Indian journal of veterinary science and animal husbandry - Volume 13,
Year: 1943
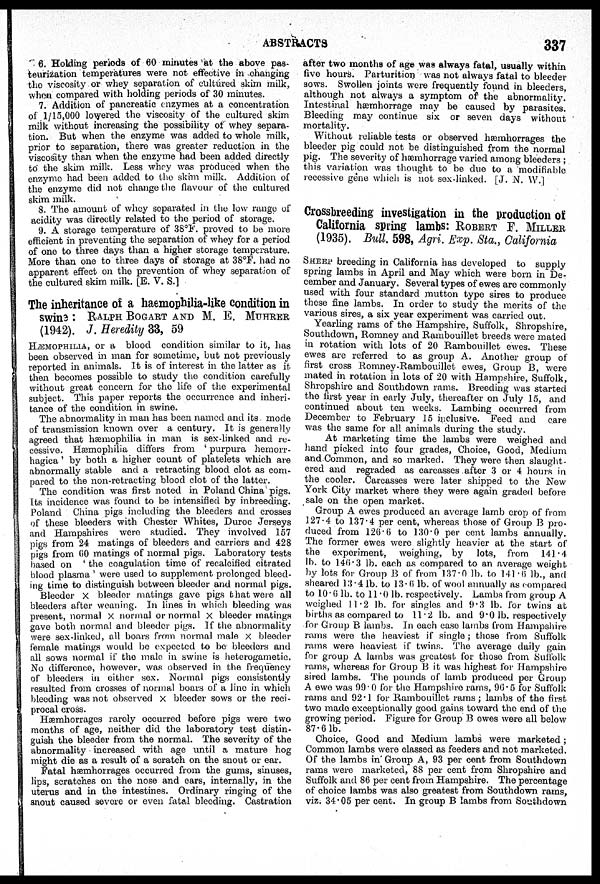
ABSTRACTS
337
6. Holding periods of 60 minutes at the above pas-
teurization temperatures were not effective in changing
the viscosity or whey separation of cultured skim milk,
when compared with holding periods of 30 minutes.
7. Addition of pancreatic enzymes at a concentration
of .1/15,000 lowered the viscosity of the cultured skim
milk without increasing the possibility of whey separa-
tion. But when the enzyme was added to whole milk,
prior to separation, there was greater reduction in the
viscosity than when the enzyme had been added directly
to the skim milk. Less whey was produced when the
enzyme had been added to the skim milk. Addition of
the enzyme did not change the flavour of the cultured
skim milk.
8. The amount of whey separated in the low range of
acidity was directly related to the period of storage.
9. A storage temperature of 38ºF. proved to be more
efficient in preventing the separation of whey for a period
of one to three days than a higher storage temperature.
More than one to three days of storage at 38ºF. had no
apparent effect on the prevention of whey separation of
the cultured skim milk. [E. V. S.]
The inheritance of a haemophilia-like condition in
swine : RALPH BOGART AND M. E. MUHRER
(1942). J. Heredity 33, 59
HÆMOPHILIA, or a blood condition similar to it, has
been observed in man for sometime, but not previously
reported in animals. It is of interest in the latter as it
then becomes possible to study the condition carefully
without great concern for the life of the experimental
subject. This paper reports the occurrence and inheri-
tance of the condition in swine.
The abnormality in man has been named and its mode
of transmission known over a century. It is generally
agreed that hæmophilia in man is sex-linked and re-
cessive. Hæmophilia differs from 'purpura hemorr-
hagica' by both a higher count of platelets which are
abnormally stable and a retracting blood clot as com-
pared to the non-retracting blood clot of the latter.
The condition was first noted in Poland China pigs.
Its incidence was found to be intensified by inbreeding.
Poland China pigs including the bleeders and crosses
of these bleeders with Chester Whites, Duroc Jerseys
and Hampshires were studied. They involved 157
pigs from 24 matings of bleeders and carriers and 428
pigs from 60 matings of normal pigs. Laboratory tests
based on 'the coagulation time of recalcified citrated
blood plasma' were used to supplement prolonged bleed-
ing time to distinguish between bleeder and normal pigs.
Bleeder × bleeder matings gave pigs that were all
bleeders after weaning. In lines in which bleeding was
present, normal × normal or normal x bleeder matings
gave both normal and bleeder pigs. If the abnormality
were sex-linked, all boars from normal male
×bleeder
female matings would be expected to be bleeders and
all sows normal if the male in swine is heterogametic.
No difference, however, was observed in the frequency
of bleeders in either sex. Normal pigs consistently
resulted from crosses of normal boars of a line in which
bleeding was not observed × bleeder sows or the reci-
procal cross.
Hæmhorrages rarely occurred before pigs were two
months of age, neither did the laboratory test distin-
guish the bleeder from the normal. The severity of the
abnormality increased with age until a mature hog
might die as a result of a scratch on the snout or ear.
Fatal hæmhorrages occurred from the gums, sinuses,
lips, scratches on the nose and ears, internally, in the
uterus and in the intestines. Ordinary ringing of the
snout caused severe or even fatal bleeding. Castration
after two months of age was always fatal, usually within
five hours. Parturition was not always fatal to bleeder
sows. Swollen joints were frequently found in bleeders,
although not always a symptom of the abnormality.
Intestinal hæmhorrage may be caused by parasites.
Bleeding may continue six or seven days without
mortality.
Without reliable tests or observed hæmhorrages the
bleeder pig could not be distinguished from the normal
pig. The severity of hæmhorrage varied among bleeders;
this variation was thought to be due to a modifiable
recessive gene which is not sex-linked. [J. N. W.]
Crossbreeding investigation in the production of
California spring lambs: ROBERT F. MILLER
(1935). Bull. 598, Agri. Exp. Sta., California
SHEEP breeding in California has developed to supply
spring lambs in April and May which were born in De-
cember and January. Several types of ewes are commonly
used with four standard mutton type sires to produce
these fine lambs. In order to study the merits of the
various sires, a six year experiment was carried out.
Yearling rams of the Hampshire, Suffolk, Shropshire,
Southdown, Romney and Rambouillet breeds were mated
in rotation with lots of 20 Rambouillet ewes. These
ewes are referred to as group A. Another group of
first cross Romney-Rambouillet ewes, Group B, were
mated in rotation in lots of 20 with Hampshire, Suffolk,
Shropshire and Southdown rams. Breeding was started
the first year in early July, thereafter on July 15, and
continued about ten weeks. Lambing occurred from
December to February 15 inclusive. Feed and care
was the same for all animals during the study.
At marketing time the lambs were weighed and
hand picked into four grades, Choice, Good, Medium
and Common, and so marked. They were then slaught-
ered and regraded as carcasses after 3 or 4 hours in
the cooler. Carcasses were later shipped to the New
York City market where they were again graded before
sale on the open market.
Group A ewes produced an average lamb crop of from
127.4 to 137.4 per cent, whereas those of Group B pro-
duced from 126.6 to 130.0 per cent lambs annually.
The former ewes were slightly heavier at the start of
the experiment, weighing, by lots, from
141.4
lb. to 146.3 lb. each as compared to an average weight
by lots for Group B of from 137.0 lb. to 141.6 lb., and
sheared 13.4 lb. to 13.6 lb. of wool annually as compared
to 10.6 lb. to 11.0 lb. respectively. Lambs from group A
weighed 11.2 lb. for singles and 9.3 lb. for twins at
births as compared to 11.2 lb. and 9.0 lb. respectively
for Group B lambs. In each case lambs from Hampshire
rams were the heaviest if single; those from Suffolk
rams were heaviest if twins. The average daily gain
for group A lambs was greatest for those from Suffolk
rams, whereas for Group B it was highest for Hampshire
sired lambs. The pounds of lamb produced per Group
A ewe was 99.0 for the Hampshire rams, 96.5 for Suffolk
rams and 92.1 for Rambouillet rams; lambs of the first
two made exceptionally good gains toward the end of the
growing period. Figure for Group B ewes were all below
87.6 lb.
Choice, Good and Medium lambs were marketed;
Common lambs were classed as feeders and not marketed.
Of the lambs in Group A, 93 per cent from Southdown
rams were marketed, 88 per cent from Shropshire and
Suffolk and 86 per cent from Hampshire. The percentage
of choice lambs was also greatest from Southdown rams,
viz. 34.05 per cent. In group B lambs from Southdown